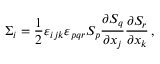
\Sigma _ { i } = \frac { 1 } { 2 } \varepsilon _ { i j k } \varepsilon _ { p q r } S _ { p } \frac { \partial S _ { q } } { \partial x _ { j } } \frac { \partial S _ { r } } { \partial x _ { k } } \, ,